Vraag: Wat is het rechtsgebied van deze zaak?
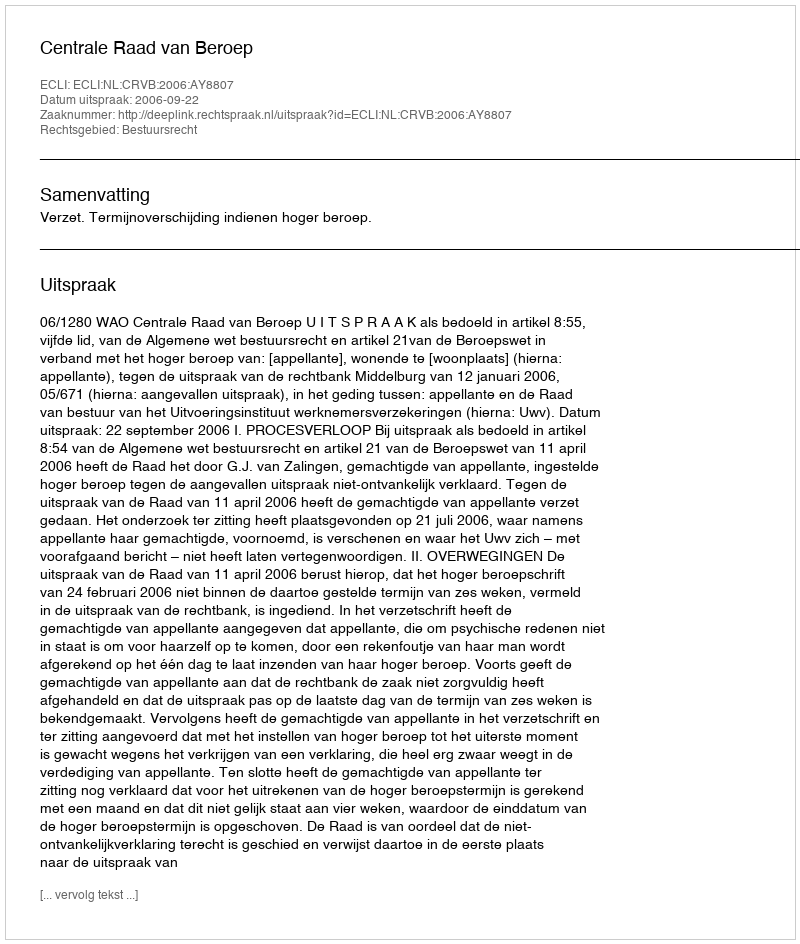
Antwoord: Bestuursrecht